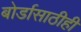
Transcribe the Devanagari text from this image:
बोर्डासाठीही